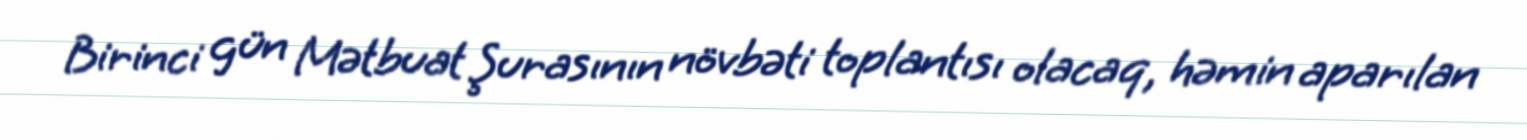
Birinci gün Mətbuat Şurasının növbəti toplantısı olacaq, həmin aparılan